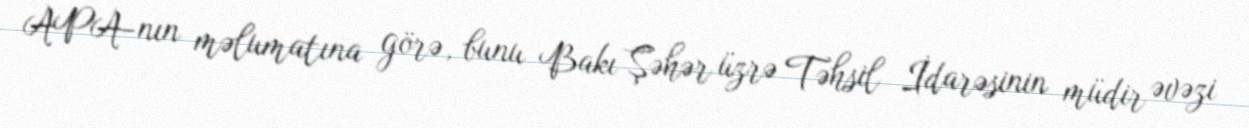
APA-nın məlumatına görə, bunu Bakı Şəhər üzrə Təhsil İdarəsinin müdir əvəzi